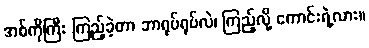
အစ်ကိုကြီး ကြည့်ခဲ့တာ ဘာရုပ်ရုပ်လဲ၊ ကြည့်လို့ ကောင်းရဲ့လား။